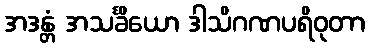
အဒန္တံ အသင်္ခိယော ဒါသိဂဏပရိဝုတာ